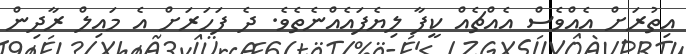
އިތުރަށް އެއްވެސް އެއްޗެއް ކީފާ ލިޔެފައެއްނެތެވެ. ދެ ފަހަރަށް އެ މައިލް ރާދިން